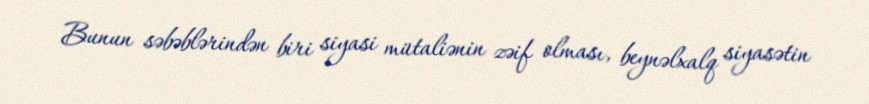
Bunun səbəblərindən biri siyasi mütaliənin zəif olması, beynəlxalq siyasətin